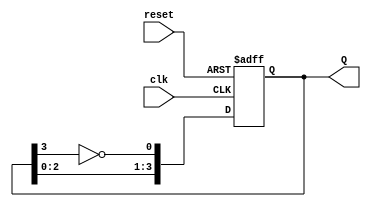
module johnson_counter (
    input wire clk,       // Clock input
    input wire reset,     // Asynchronous reset input
    output reg [3:0] Q    // 4-bit output representing the counter state
);

    // Initialize the counter state
    always @(posedge clk or posedge reset) begin
        if (reset) begin
            Q <= 4'b0000; // Reset to initial state
        end else begin
            // Johnson counter logic
            Q <= {Q[2:0], ~Q[3]}; // Shift left and feedback inverted last bit
        end
    end

endmodule